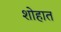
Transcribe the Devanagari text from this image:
शोहात